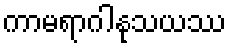
ကာမရာဂါနုသယဿ